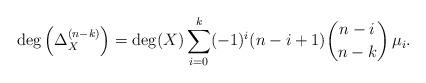
LaTeX: \begin{align*} \deg\left(\Delta_{X}^{(n-k)}\right) &= \deg(X) \sum_{i=0}^k (-1)^i (n-i+1) \binom{n-i}{n-k}\, \mu_i . \end{align*}